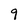
Character: 9